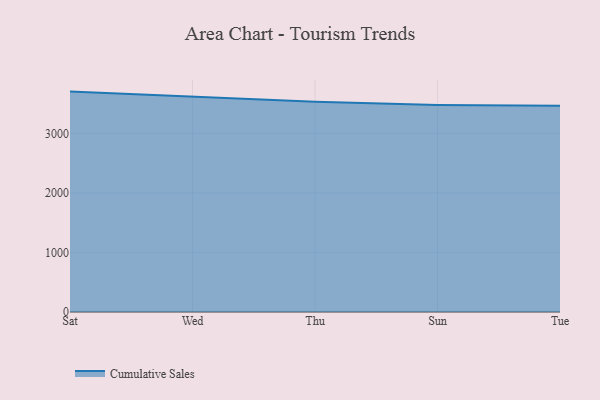
{"axis": {"x": "Day", "y": "Revenue (USD Million)"}, "legend": ["Cumulative Sales"], "data": [{"x": "Sat", "y": 3702.0, "type": "Cumulative Sales"}, {"x": "Wed", "y": 3617.4, "type": "Cumulative Sales"}, {"x": "Thu", "y": 3529.7, "type": "Cumulative Sales"}, {"x": "Sun", "y": 3478.4, "type": "Cumulative Sales"}, {"x": "Tue", "y": 3462.6, "type": "Cumulative Sales"}]}